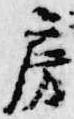
房